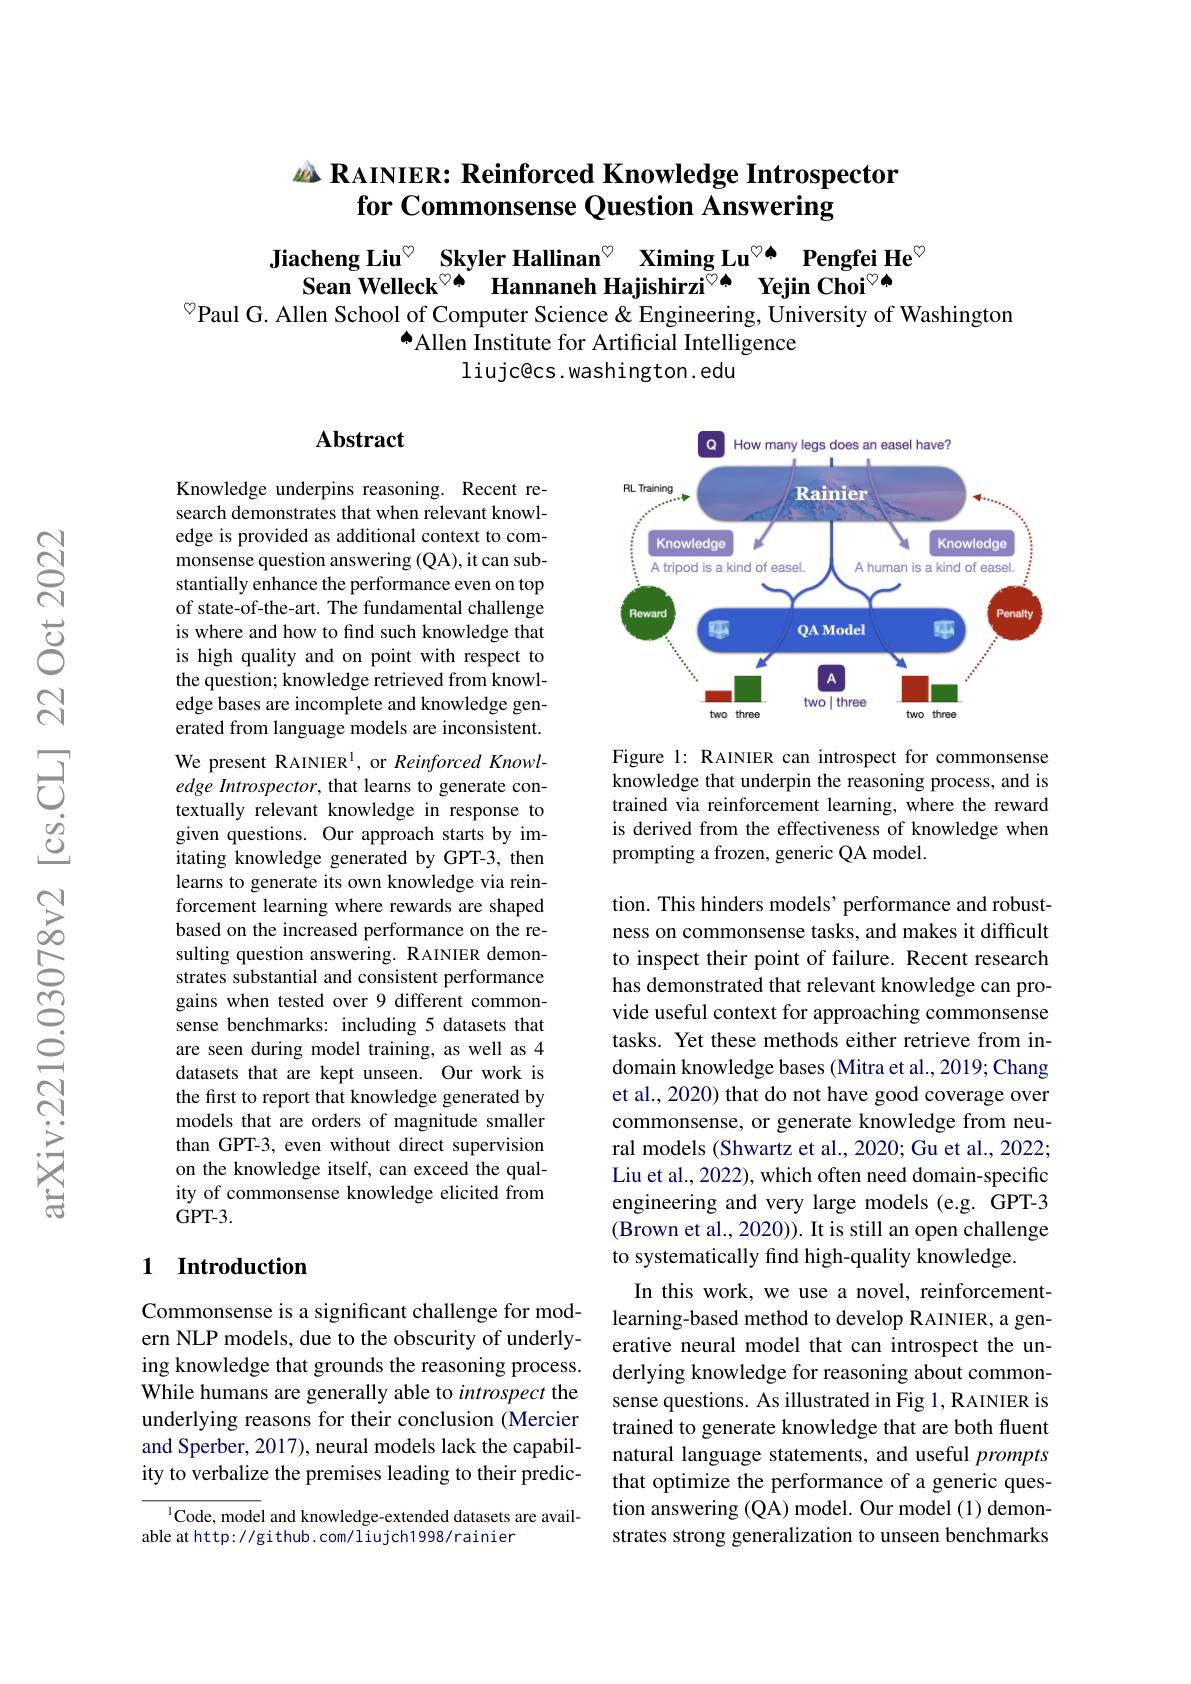
# $u_{\Delta}$ RAINIER: Reinforced Knowledge Introspector for Commonsense Question Answering

$\begin{array}{c}\text{Jiacheng Liu}^{\circ}&\textbf{Skyler Hallinan}^{\circ}&\textbf{Ximing Lu}^{\circ}\spadesuit&\textbf{Pengfei He}\\\text{Sean Welleck}^{\circ\spadesuit}&\text{Hannaneh Hajishirzi}^{\heartsuit\spadesuit}&\textbf{Yejin Choi}^{\heartsuit\spadesuit}\end{array}$
$^{\textcircled{\circ}}$Paul G. Allen School of Computer Science & Engineering, University of Washington
$^{\spadesuit}$Allen Institute for Artificial Intelligence
liujc@cs.washington.edu

### Abstract

<FigureHere>

Figure 1: RAINIER can introspect for commonsense knowledge that underpin the reasoning process, and is trained via reinforcement learning, where the reward is derived from the effectiveness of knowledge when prompting a frozen, generic QA model.

Knowledge underpins reasoning. Recent research demonstrates that when relevant knowledge is provided as additional context to commonsense question answering (QA), it can substantially enhance the performance even on top of state-of-the-art. The fundamental challenge is where and how to find such knowledge that is high quality and on point with respect to the question; knowledge retrieved from knowledge bases are incomplete and knowledge generated from language models are inconsistent. We present RAINIER$^{\mathrm{l}}$, or Reinforced Knowledge Introspector, that learns to generate contextually relevant knowledge in response to given questions. Our approach starts by imitating knowledge generated by GPT-3, then learns to generate its own knowledge via reinforcement learning where rewards are shaped based on the increased performance on the resulting question answering. RAINIER demonstrates substantial and consistent performance gains when tested over 9 different commonsense benchmarks: including 5 datasets that are seen during model training, as well as 4 datasets that are kept unseen. Our work is the first to report that knowledge generated by models that are orders of magnitude smaller than GPT-3, even without direct supervision on the knowledge itself, can exceed the quality of commonsense knowledge elicited from $GPT-3.$

tion. This hinders models' performance and robustness on commonsense tasks, and makes it difficult to inspect their point of failure. Recent research has demonstrated that relevant knowledge can provide useful context for approaching commonsense tasks. Yet these methods either retrieve from indomain knowledge bases (Mitra et al., 2019; Chang et al., 2020) that do not have good coverage over commonsense, or generate knowledge from neural models (Shwartz et al., 2020; Gu et al., 2022; Liu et al., 2022), which often need domain-specific engineering and very large models (e.g. GPT-3 (Brown et al., 2020)). It is still an open challenge to systematically find high-quality knowledge.
In this work, we use a novel, reinforcementlearning-based method to develop RAINIER, a generative neural model that can introspect the underlying knowledge for reasoning about commonsense questions. As illustrated in Fig 1, RAINIER is trained to generate knowledge that are both fluent natural language statements, and useful prompts that optimize the performance of a generic question answering (QA) model. Our model (1) demonstrates strong generalization to unseen benchmarks

## 1 Introduction

Commonsense is a significant challenge for modern NLP models, due to the obscurity of underlying knowledge that grounds the reasoning process. While humans are generally able to introspect the underlying reasons for their conclusion (Mercier and Sperber, 2017), neural models lack the capability to verbalize the premises leading to their predic-

$^{1}$Code, model and knowledge-extended datasets are avail-
able at http: / github. com/ liujch1998/rainier